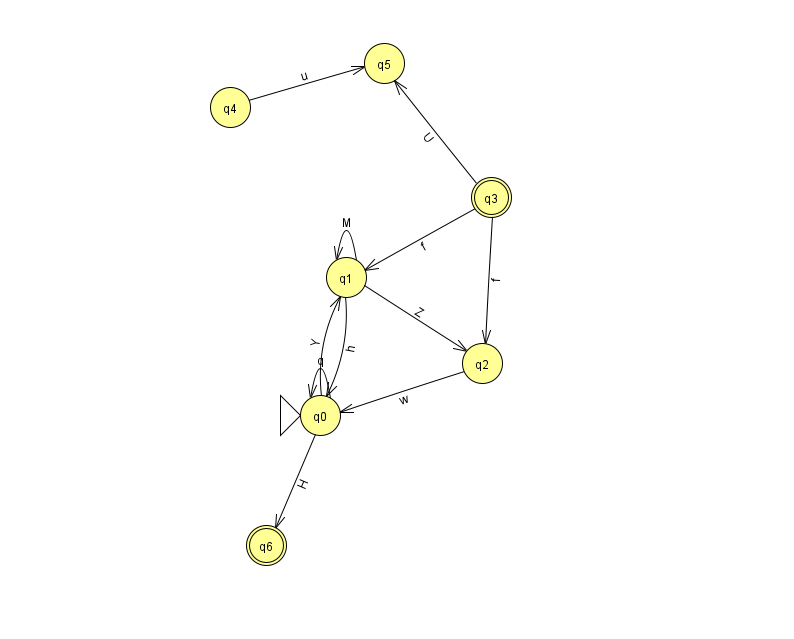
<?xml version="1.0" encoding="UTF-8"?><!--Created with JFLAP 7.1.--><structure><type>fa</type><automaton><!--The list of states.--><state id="0" name="q0"><x>320.0</x><y>402.0</y><initial/></state><state id="1" name="q1"><x>346.0</x><y>264.0</y></state><state id="2" name="q2"><x>482.0</x><y>350.0</y></state><state id="3" name="q3"><x>491.0</x><y>184.0</y><final/></state><state id="4" name="q4"><x>230.0</x><y>94.0</y></state><state id="5" name="q5"><x>384.0</x><y>50.0</y></state><state id="6" name="q6"><x>266.0</x><y>532.0</y><final/></state><!--The list of transitions.--><transition><from>0</from><to>0</to><read>q</read></transition><transition><from>0</from><to>1</to><read>Y</read></transition><transition><from>1</from><to>0</to><read>h</read></transition><transition><from>3</from><to>1</to><read>f</read></transition><transition><from>3</from><to>5</to><read>U</read></transition><transition><from>1</from><to>1</to><read>M</read></transition><transition><from>1</from><to>2</to><read>Z</read></transition><transition><from>2</from><to>0</to><read>w</read></transition><transition><from>4</from><to>5</to><read>u</read></transition><transition><from>0</from><to>6</to><read>H</read></transition><transition><from>3</from><to>2</to><read>f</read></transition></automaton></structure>